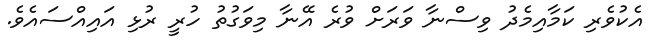
އެކުވެރި ކަމާއިމެދު ވިސްނާ ވަރަށް ވުރެ އޭނާ މިވަގުތު ހުރީ ރުޅި އައިއްސައެވެ.